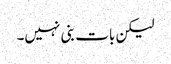
لیکن بات بنی نہیں۔